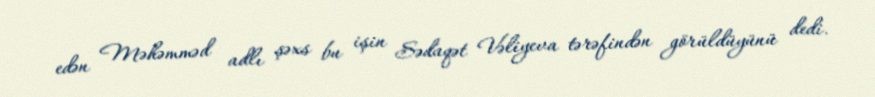
edən Məhəmməd adlı şəxs bu işin Sədaqət Vəliyeva tərəfindən görüldüyünü dedi.